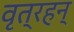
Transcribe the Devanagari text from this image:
वृत्रहन्